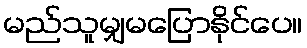
မည်သူမျှမပြောနိုင်ပေ။